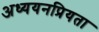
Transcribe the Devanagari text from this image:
अध्ययनप्रियता